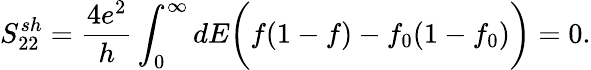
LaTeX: {S_{22}^{sh}=\frac{4e^{2}}{h}\int_{0}^{\infty}dE\bigg(f(1-f)-f_{0}(1-f_{0})\bigg)=0.}